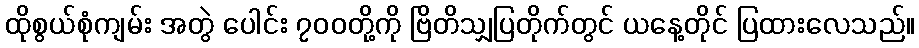
ထိုစွယ်စုံကျမ်း အတွဲ ပေါင်း ၇၀၀တို့ကို ဗြိတိသျှပြတိုက်တွင် ယနေ့တိုင် ပြထားလေသည်။